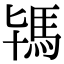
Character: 駂